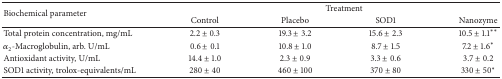
<table><thead><tr><td rowspan="2"><b>Biochemical parameter</b></td><td colspan="4"><b>Treatment</b></td></tr><tr><td><b>Control</b></td><td><b>Placebo</b></td><td><b>SOD1</b></td><td><b>Nanozyme</b></td></tr></thead><tbody><tr><td>Total protein concentration, mg/mL</td><td> 2.2 ± 0.3</td><td>19.3 ± 3.2</td><td>15.6 ± 2.3</td><td>10.5 ± 1.1<sup><i>∗∗</i></sup></td></tr><tr><td><i>α</i><sub>2</sub>-Macroglobulin, arb. U/mL</td><td> 0.6 ± 0.1</td><td>10.8 ± 1.0</td><td> 8.7 ± 1.5</td><td> 7.2 ± 1.6<sup><i>∗</i></sup></td></tr><tr><td>Antioxidant activity, U/mL</td><td>14.4 ± 1.0</td><td> 2.3 ± 0.9</td><td> 3.3 ± 0.6</td><td>3.7 ± 0.2</td></tr><tr><td>SOD1 activity, trolox-equivalents/mL</td><td>280 ± 40</td><td> 460 ± 100</td><td> 370 ± 80</td><td>330 ± 50<sup><i>∗</i></sup></td></tr></tbody></table>